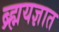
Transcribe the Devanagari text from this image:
ब्र्ह्मयज्ञात